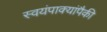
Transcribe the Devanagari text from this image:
स्वयंपाक्यांपैकी